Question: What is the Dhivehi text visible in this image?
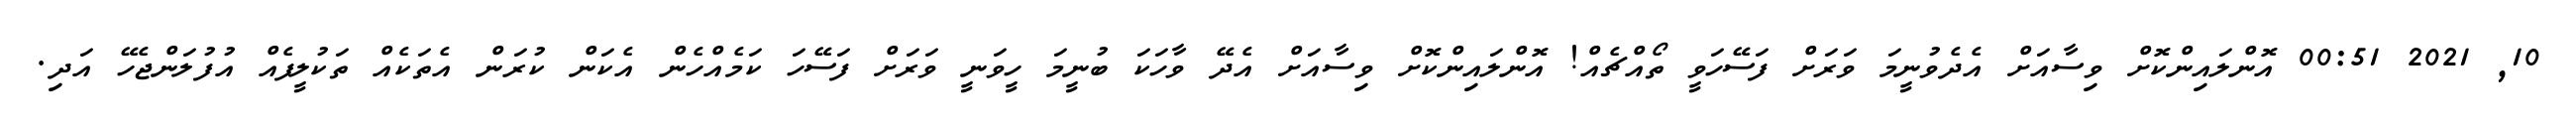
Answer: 10, 2021 00:51 އޮންލައިންކޮށް ވިސާއަށް އެދެވުނީމަ ވަރަށް ފަސޭހަވީ ތޯއްޗެއް! އޮންލައިންކޮށް ވިސާއަށް އެދޭ ވާހަކަ ބުނީމަ ހީވަނީ ވަރަށް ފަސޭހަ ކަމެއްހެން އެކަން ކުރަން އެތަކެއް ތަކުލީފެއް އުފުލަންޖެހޭ އަދި.